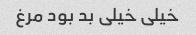
خیلی خیلی بد بود مرغ